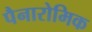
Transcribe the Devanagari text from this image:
पैनारोमिक